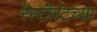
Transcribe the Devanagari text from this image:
रेस्टॉरंटच्या